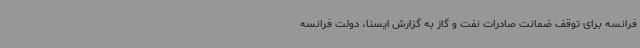
فرانسه برای توقف ضمانت صادرات نفت و گاز به گزارش ایسنا، دولت فرانسه